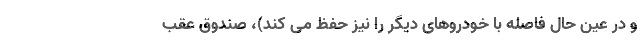
و در عین حال فاصله با خودروهای دیگر را نیز حفظ می کند)، صندوق عقب